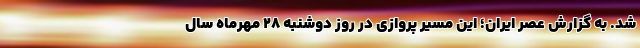
شد. به گزارش عصر ایران؛ این مسیر پروازی در روز دوشنبه ۲۸ مهر‌ماه سال